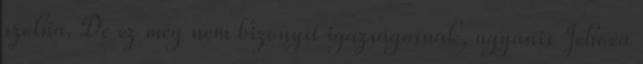
szólna. De ez még nem bizonyít igazságosnak, ugyanis Jehova